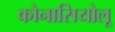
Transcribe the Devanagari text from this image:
कोनासियोलू